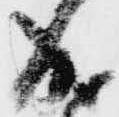
成